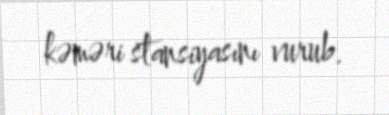
kəməri stansiyasını vurub.